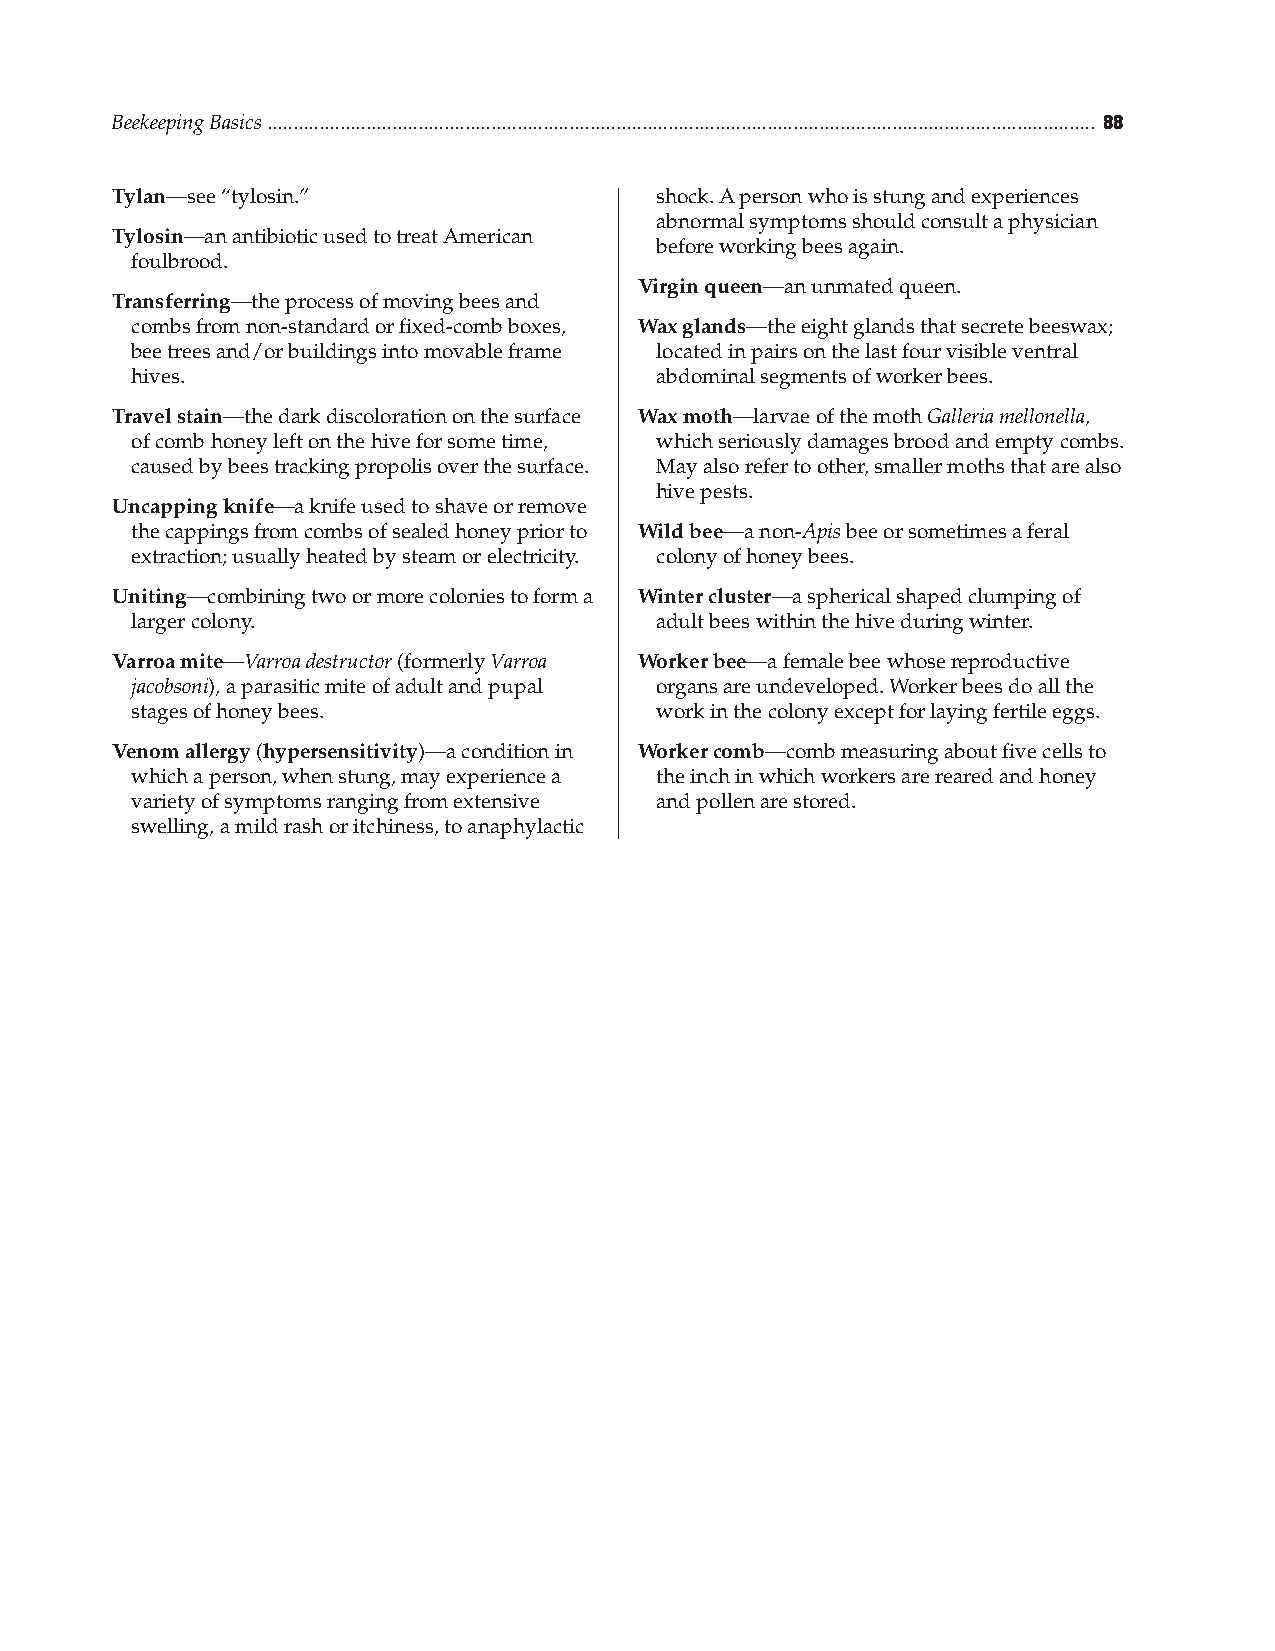
Beekeeping Basics ............................................................................................................................................................... 
 Tylan—see “tylosin.”                shock. A person who is stung and experiences
 abnormal symptoms should consult a physician
 Tylosin—an antibiotic used to treat American
 before working bees again.
 foulbrood.
 Virgin queen—an unmated queen.
 Transferring—the process of moving bees and
 combs from non-standard or fixed-comb boxes, Wax glands—the eight glands that secrete beeswax;
 bee trees and/or buildings into movable frame located in pairs on the last four visible ventral
 hives.                            abdominal segments of worker bees.
 Travel stain—the dark discoloration on the surface Wax moth—larvae of the moth Galleria mellonella,
 of comb honey left on the hive for some time, which seriously damages brood and empty combs.
 caused by bees tracking propolis over the surface. May also refer to other, smaller moths that are also
 hive pests.
 Uncapping knife—a knife used to shave or remove
 the cappings from combs of sealed honey prior to Wild bee—a non-Apis bee or sometimes a feral
 extraction; usually heated by steam or electricity. colony of honey bees.
 Uniting—combining two or more colonies to form a Winter cluster—a spherical shaped clumping of
 larger colony.                    adult bees within the hive during winter.
 Varroa mite—Varroa destructor (formerly Varroa Worker bee—a female bee whose reproductive
 jacobsoni), a parasitic mite of adult and pupal organs are undeveloped. Worker bees do all the
 stages of honey bees.             work in the colony except for laying fertile eggs.
 Venom allergy (hypersensitivity)—a condition in Worker comb—comb measuring about five cells to
 which a person, when stung, may experience a the inch in which workers are reared and honey
 variety of symptoms ranging from extensive and pollen are stored.
 swelling, a mild rash or itchiness, to anaphylactic